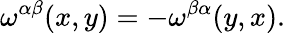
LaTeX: \omega^{\alpha\beta}(x,y)=-\omega^{\beta\alpha}(y,x).